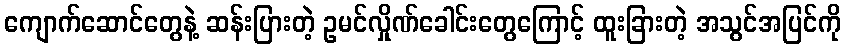
ကျောက်ဆောင်တွေနဲ့ ဆန်းပြားတဲ့ ဥမင်လှိုဏ်ခေါင်းတွေကြောင့် ထူးခြားတဲ့ အသွင်အပြင်ကို